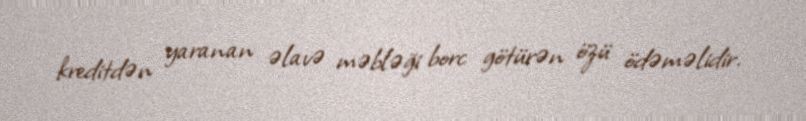
kreditdən yaranan əlavə məbləği borc götürən özü ödəməlidir.